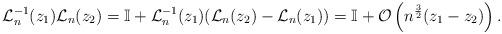
LaTeX: \begin{align*} \mathcal L_n^{-1}(z_1) \mathcal L_n(z_2) = \mathbb{I} + \mathcal L_n^{-1} (z_1) (\mathcal L_n(z_2)-\mathcal L_n(z_1)) = \mathbb{I} + \mathcal{O}\left(n^\frac{3}{2}(z_1-z_2)\right). \end{align*}